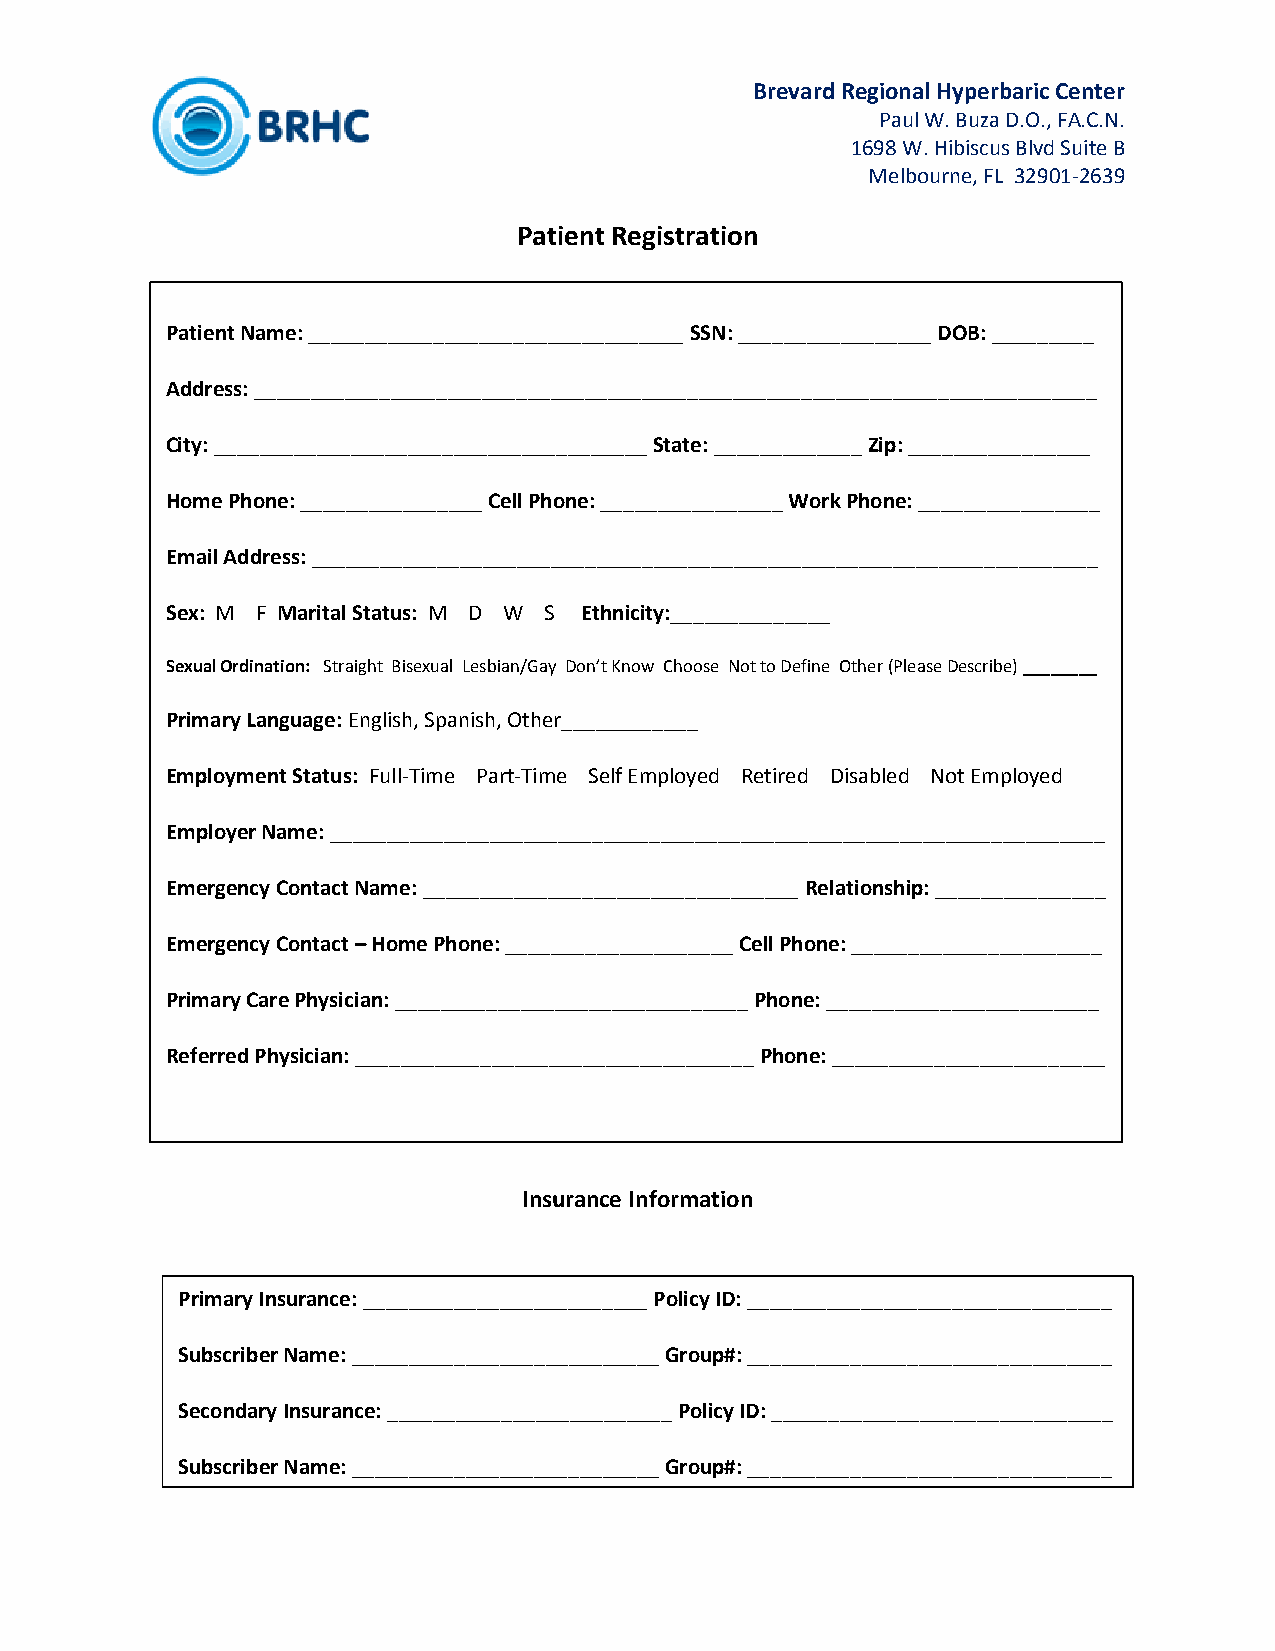
Brevard Regional Hyperbaric Center
 Paul W. Buza D.O., FA.C.N.
 1698 W. Hibiscus Blvd Suite B
 Melbourne, FL 32901-2639
 Patient Registration
 Patient Name: _________________________________ SSN: _________________ DOB: _________
 Address: __________________________________________________________________________
 City: ______________________________________ State: _____________ Zip: ________________
 Home Phone: ________________ Cell Phone: ________________ Work Phone: ________________
 Email Address: _____________________________________________________________________
 Sex: M F Marital Status: M D W S Ethnicity:______________
 Sexual Ordination: Straight Bisexual Lesbian/Gay Don’t Know Choose Not to Define Other (Please Describe) ________
 Primary Language: English, Spanish, Other____________
 Employment Status: Full-Time Part-Time Self Employed Retired Disabled Not Employed
 Employer Name: ____________________________________________________________________
 Emergency Contact Name: _________________________________ Relationship: _______________
 Emergency Contact – Home Phone: ____________________ Cell Phone: ______________________
 Primary Care Physician: _______________________________ Phone: ________________________
 Referred Physician: ___________________________________ Phone: ________________________
 Insurance Information
 Primary Insurance: _________________________ Policy ID: ________________________________
 Subscriber Name: ___________________________ Group#: ________________________________
 Secondary Insurance: _________________________ Policy ID: ______________________________
 Subscriber Name: ___________________________ Group#: ________________________________